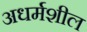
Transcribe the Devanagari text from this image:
अधर्मशील